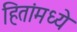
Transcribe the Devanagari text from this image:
हितांमध्ये